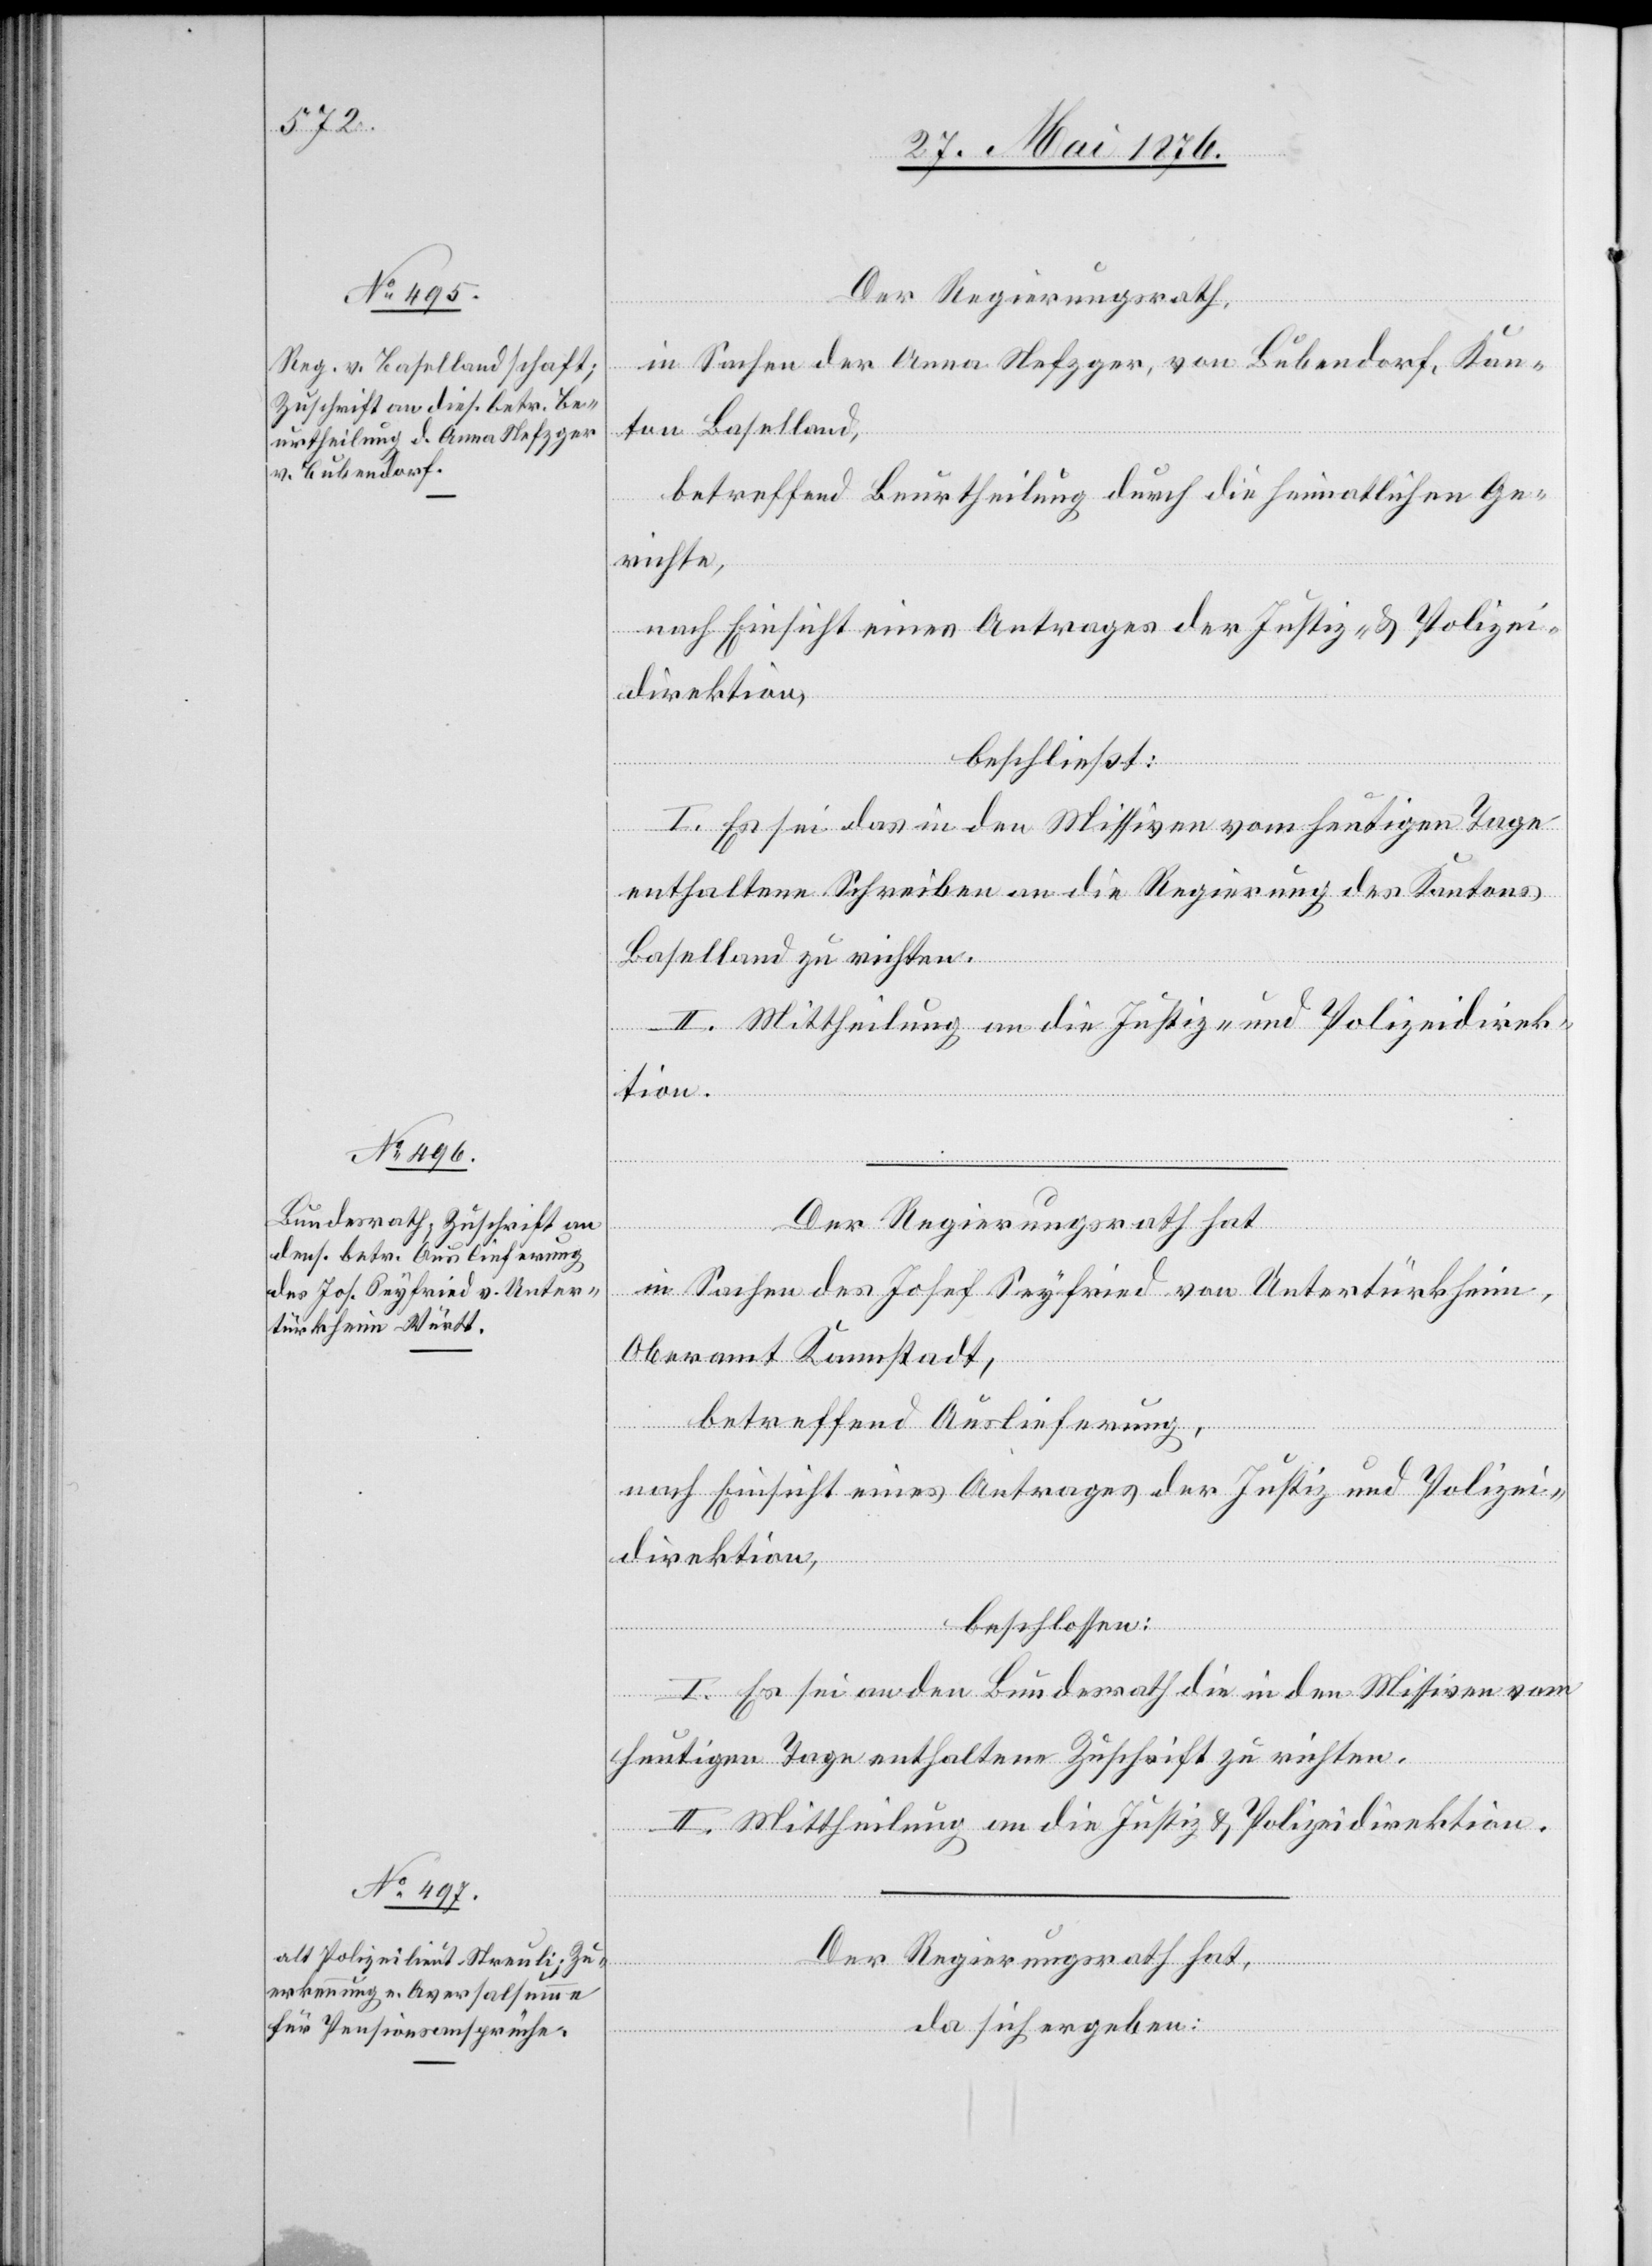
Der Regierungsrath
in Sachen der Anna Nefzger, von Bubendorf, Kan¬
ton Baselland,
betreffend Beurtheilung durch die heimatlichen Ge¬
richte,
nach Einsicht eines Antrages Justiz- & Polizei¬
direktion,
beschließt:
I. Es sei das in den Missiven vom heutigen Tage
enthaltene Schreiben an die Regierung des Kantons
Baselland zu richten.
II. Mittheilung an die Justiz- und Polizeidirek¬
tion.
Der Regierungsrath hat
in Sachen des Josef Seyfried von Untertürkheim,
Oberamt Kannstadt,
betreffend Auslieferung,
nach Einsicht eines Antrages der Justiz- und Polizei¬
direktion,
beschlossen:
I. es sei an den Bundesrath die in den Missiven vom
heutigen tage enthaltene Zuschrift zu richten.
II. Mittheilung an die Justiz- & Polizeidirektion.
Der Regierungsrath hat,
da sich ergeben: